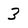
Character: 3